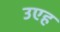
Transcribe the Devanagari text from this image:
उएह